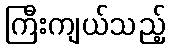
ကြီးကျယ်သည့်